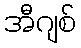
အီဂျစ်